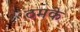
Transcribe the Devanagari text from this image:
ठमके